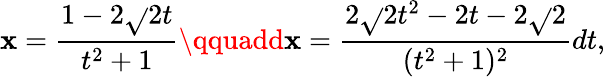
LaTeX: \mathbf{x}={\frac{{1-2{\sqrt{}{{2}}}t}}{{t^{2}+1}}}\qquadd\mathbf{x}={\frac{{2{\sqrt{}{{2}}}t^{2}-2t-2{\sqrt{}{{2}}}}}{{(t^{2}+1)^{2}}}}dt,